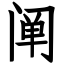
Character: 阐